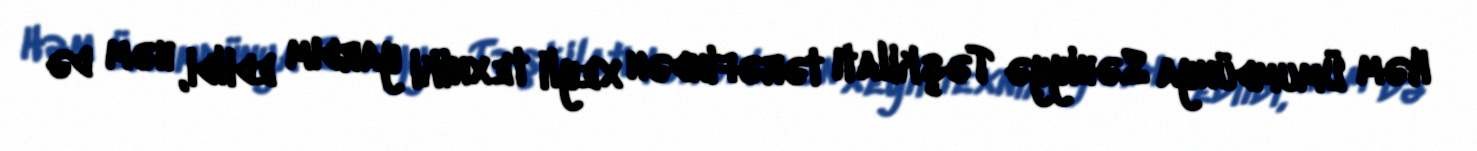
Həm Ümumdünya Səhiyyə Təşkilatı tərəfindən xeyli texniki yardım edildi, həm də